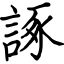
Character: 諑